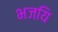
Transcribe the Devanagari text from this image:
भजयि